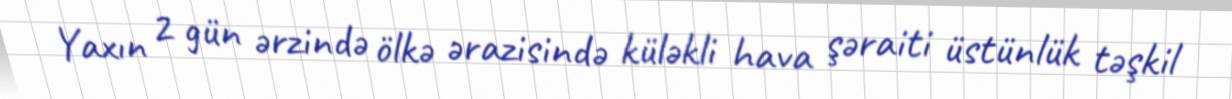
Yaxın 2 gün ərzində ölkə ərazisində küləkli hava şəraiti üstünlük təşkil